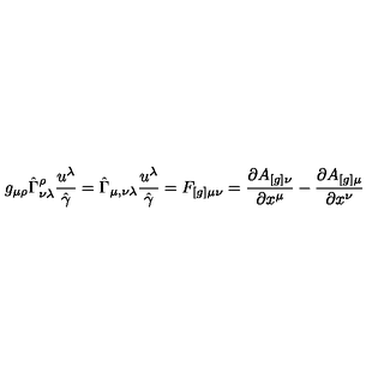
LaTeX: g _ { \mu \rho } \hat { \Gamma } _ { \nu \lambda } ^ { \rho } \frac { u ^ { \lambda } } { \hat { \gamma } } = \hat { \Gamma } _ { \mu , \nu \lambda } \frac { u ^ { \lambda } } { \hat { \gamma } } = F _ { [ g ] \mu \nu } = \frac { \partial A _ { [ g ] \nu } } { \partial x ^ { \mu } } - \frac { \partial A _ { [ g ] \mu } } { \partial x ^ { \nu } }